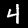
Digit: 4